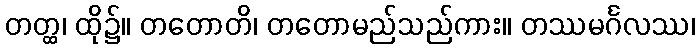
တတ္ထ၊ ထို၌။ တတောတိ၊ တတောမည်သည်ကား။ တဿမင်္ဂလဿ၊